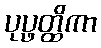
ပုပ္ဖတ္ထိကာ